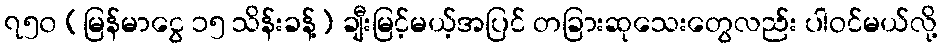
၇၅၀ (မြန်မာငွေ ၁၅ သိန်းခန့်) ချီးမြင့်မယ့်အပြင် တခြားဆုသေးတွေလည်း ပါဝင်မယ်လို့